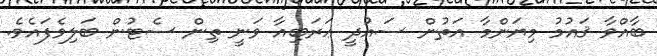
ބާއްވާ ޤައުމު މިޔަންމާ އަތުން ސައުދީ ޢަރަބިއާ ވަނީ ތިން ސެޓުން ބަލިވެފައެވެ.